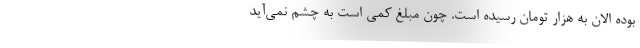
بوده الان به هزار تومان رسیده است. چون مبلغ کمی است به‌ چشم نمی‌آید